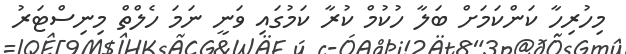
މިހުރިހާ ކަންކަމަށް ބަލާ ހުކުމް ކުރާ ކަމުގައި ވަނީ ނަމަ ހެލްތް މިނިސްޓަރު